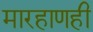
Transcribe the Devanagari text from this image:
मारहाणही